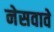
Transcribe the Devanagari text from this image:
नेसवावे